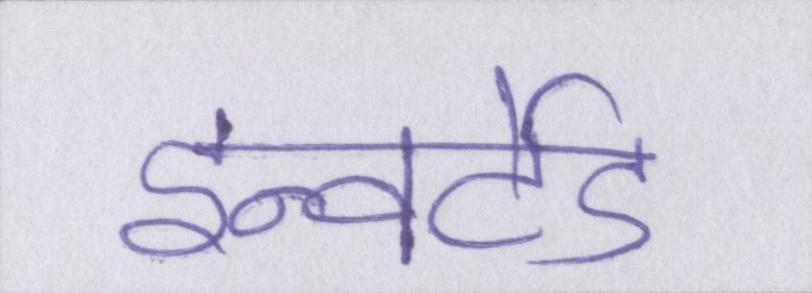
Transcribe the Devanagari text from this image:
इन्वर्टेड